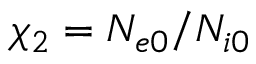
\chi _ { 2 } = N _ { e 0 } / N _ { i 0 }